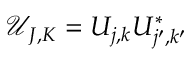
\mathcal { U } _ { J , K } = U _ { j , k } U _ { j ^ { \prime } , k ^ { \prime } } ^ { * }